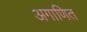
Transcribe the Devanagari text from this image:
अगाणित